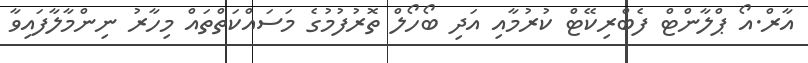
އާރް.އޯ ޕްލާންޓް ފެބްރިކޭޓް ކުރުމާއި އަދި ބޯހޯލް ތޮރުފުމުގެ މަސައްކަތްތައް މިހާރު ނިންމާލާފައިވާ